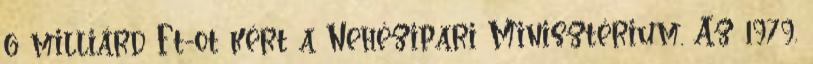
6 milliárd Ft-ot kért a Nehézipari Minisztérium. Az 1979.